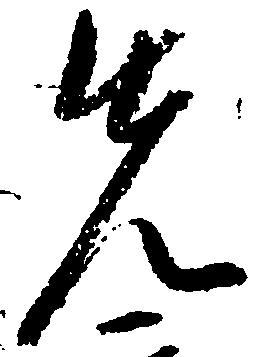
先